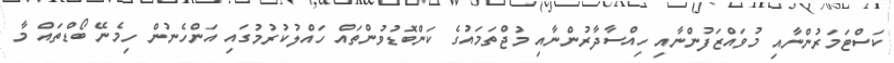
ކަސްޓަމަރުންނާއި މުވައްޒަފުންނާއި ހިއްސާދާރުންނާއި މުޖްތަމައުގެ ކަންބޮޑުވުންތައް ހައްލުކުރުމުގައި އަންހެނުން ހިމެނޭ ބޯޑްތައް މާ